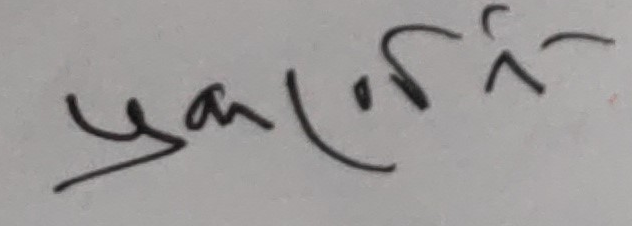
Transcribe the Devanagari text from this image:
प्रकार्ले